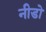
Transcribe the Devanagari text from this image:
नीडो